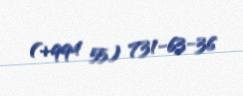
(+994 55) 731-63-36